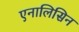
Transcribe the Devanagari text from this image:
एनालिसिन